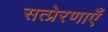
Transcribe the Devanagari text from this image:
सत्प्रेरणाएँ